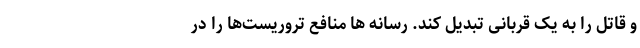
و قاتل را به یک قربانی تبدیل کند. رسانه ها منافع تروریست‌ها را در